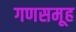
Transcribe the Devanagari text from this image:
गणसमूह